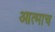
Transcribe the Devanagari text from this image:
आत्माच